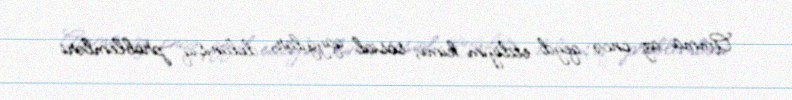
Amma az öncə qeyd etdiyim kimi, sosial qayğılar, dolanışıq problemləri